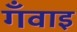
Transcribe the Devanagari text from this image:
गँवाइ